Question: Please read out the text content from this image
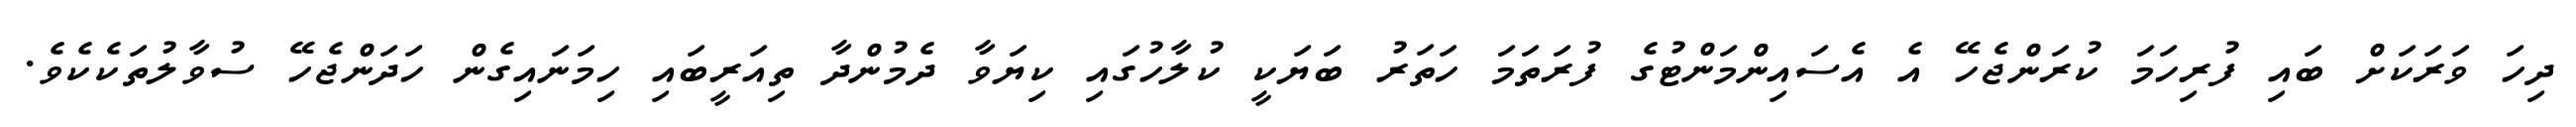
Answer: ދިހަ ވަރަކަށް ބައި ފުރިހަމަ ކުރަންޖެހޭ އެ އެސައިންމަންޓުގެ ފުރަތަމަ ހަތަރު ބަޔަކީ ކުލާހުގައި ކިޔަވާ ދެމުންދާ ތިއަރީބައި ހިމަނައިގެން ހަދަންޖެހޭ ސުވާލުތަކެކެވެ.